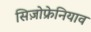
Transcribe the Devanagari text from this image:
सिज़ोफ्रेनियाव